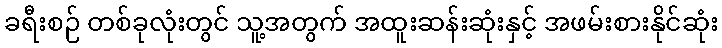
ခရီးစဉ် တစ်ခုလုံးတွင် သူ့အတွက် အထူးဆန်းဆုံးနှင့် အဖမ်းစားနိုင်ဆုံး